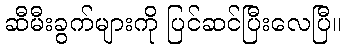
ဆီမီးခွက်များကို ပြင်ဆင်ပြီးလေပြီ။